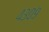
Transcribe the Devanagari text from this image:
४३०९